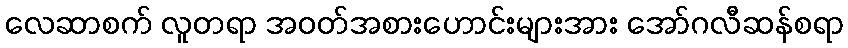
လေဆာစက် လူတရာ အဝတ်အစားဟောင်းများအား အော်ဂလီဆန်စရာ